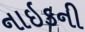
નાઇકની